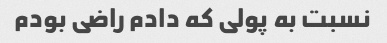
نسبت به پولی که دادم راضی بودم